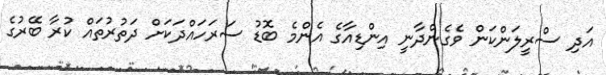
އަދި ސްރީލަންކަން ވެގެންދާނީ އިންޑިއާގެ އެންމެ ބޮޑު ސަރަހައްދަކަށް ދަތުރުތައް ކުރާ ބޭރުގެ